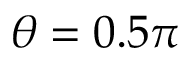
\theta = 0 . 5 \pi